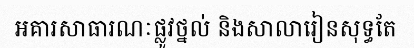
អគារសាធារណៈផ្លូវថ្នល់ និងសាលារៀនសុទ្ធតែ